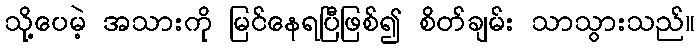
သို့ပေမဲ့ အသားကို မြင်နေရပြီဖြစ်၍ စိတ်ချမ်း သာသွားသည်။